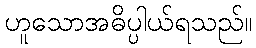
ဟူသောအဓိပ္ပါယ်ရသည်။